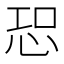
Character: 𢙢